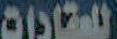
للعقارات